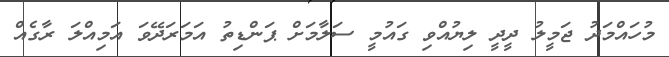
މުހައްމަދު ޖަމީލު ދީދީ ލިޔުއްވި ގައުމީ ސަލާމަށް ޕަންޑިތު އަމަރަދޭވަ އަމިއްލަ ރާގެއް